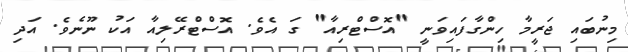
މިނުބައި ޖަރީމާ ހިންގާފައިވަނީ "އޮސްޓްރިއާ" ގަ އެވެ. އޮސްޓްރޭލިއާ އަކު ނޫނެވެ. އަދި